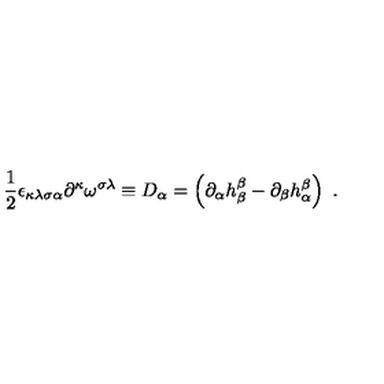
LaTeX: \frac { 1 } { 2 } \epsilon _ { \kappa \lambda \sigma \alpha } \partial ^ { \kappa } \omega ^ { \sigma \lambda } \equiv D _ { \alpha } = \left( \partial _ { \alpha } h _ { \beta } ^ { \beta } - \partial _ { \beta } h _ { \alpha } ^ { \beta } \right) \ .